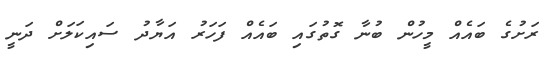
ރަށުގެ ބައެއް މީހުން ބުނާ ގޮތުގައި ބައެއް ފަހަރު އަޔާދު ސައިކަލަށް ދަނީ